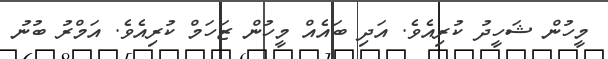
މީހުން ޝަހީދު ކުރިއެވެ. އަދި ބައެއް މީހުން ޒަހަމް ކުރިއެވެ. އަމްރު ބުނު